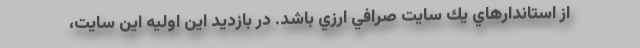
از استاندارهاي يك سايت صرافي ارزي باشد. در بازديد اين اوليه اين سايت،